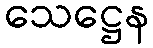
သေဋ္ဌေန